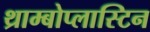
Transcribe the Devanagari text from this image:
थ्राम्बोप्लास्टिन